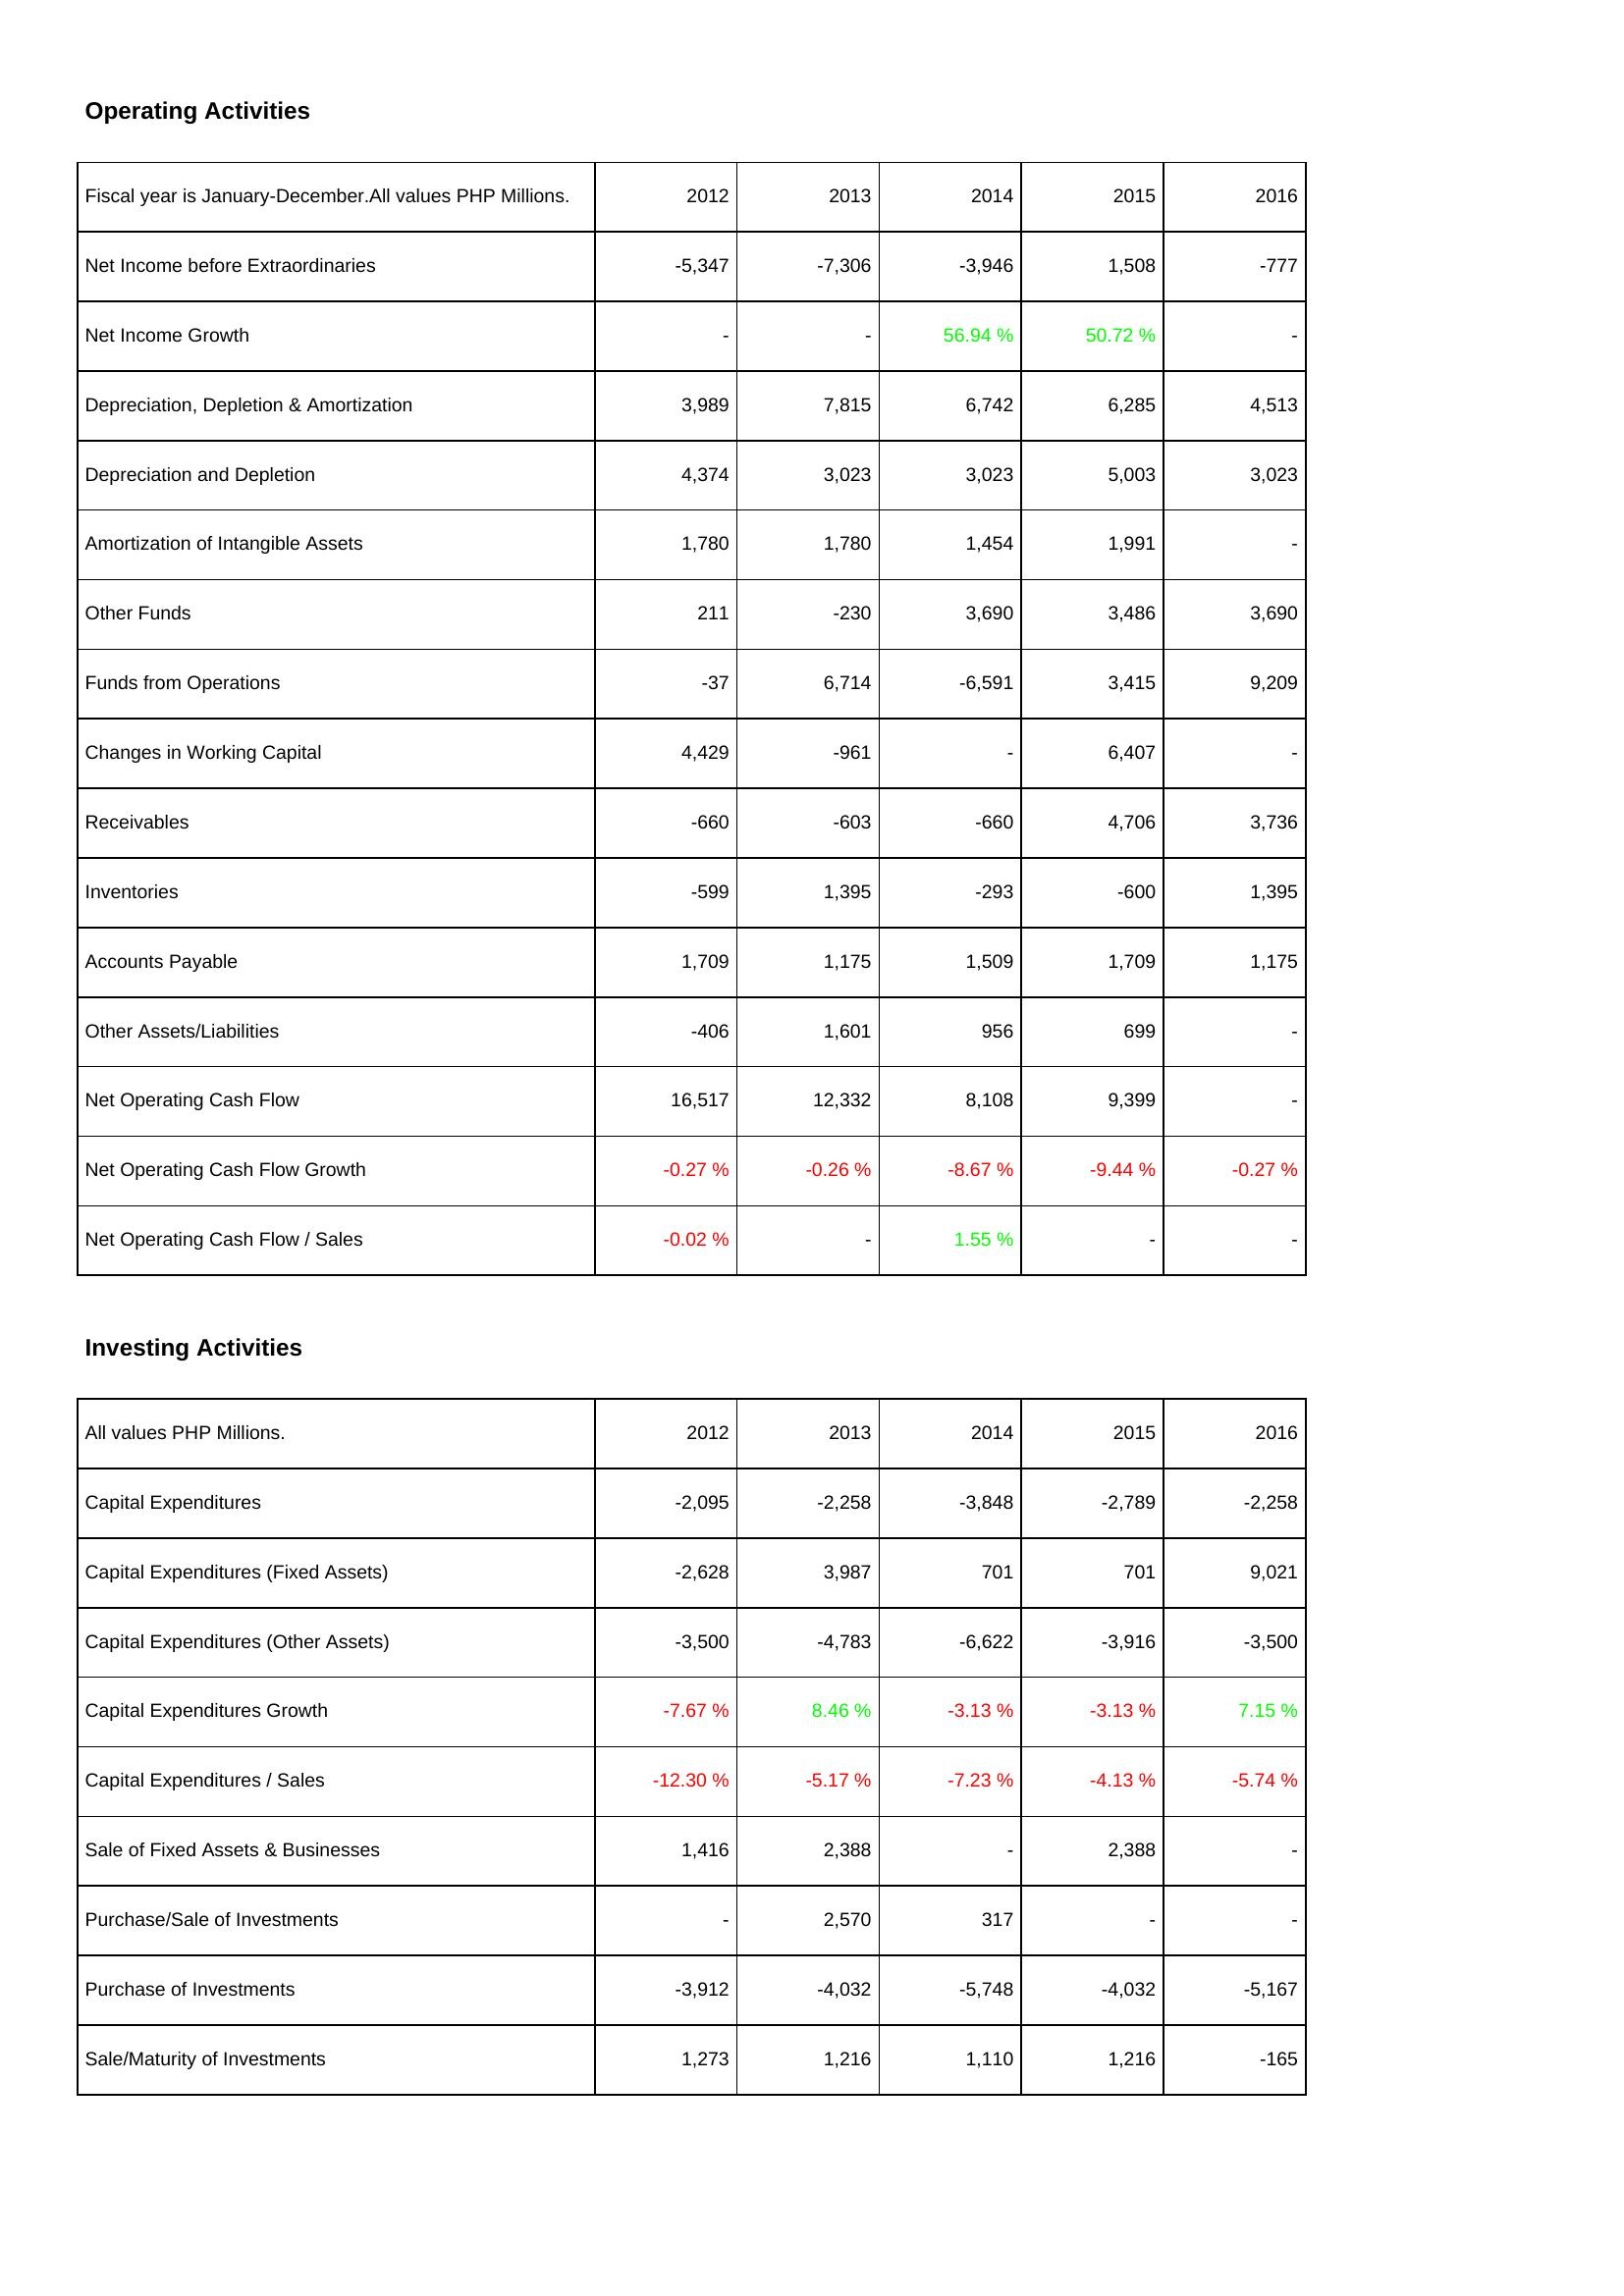
2012: Operating Activities: Net Income before Extraordinaries: -5,347
Net Income Growth: -
Depreciation, Depletion & Amortization: 3,989
Depreciation and Depletion: 4,374
Amortization of Intangible Assets: 1,780
Other Funds: 211
Funds from Operations: -37
Changes in Working Capital: 4,429
Receivables: -660
Inventories: -599
Accounts Payable: 1,709
Other Assets/Liabilities: -406
Net Operating Cash Flow: 16,517
Net Operating Cash Flow Growth: -0.27 %
Net Operating Cash Flow / Sales: -0.02 %
Investing Activities: Capital Expenditures: -2,095
Capital Expenditures (Fixed Assets): -2,628
Capital Expenditures (Other Assets): -3,500
Capital Expenditures Growth: -7.67 %
Capital Expenditures / Sales: -12.30 %
Sale of Fixed Assets & Businesses: 1,416
Purchase/Sale of Investments: -
Purchase of Investments: -3,912
Sale/Maturity of Investments: 1,273
2013: Operating Activities: Net Income before Extraordinaries: -7,306
Net Income Growth: -
Depreciation, Depletion & Amortization: 7,815
Depreciation and Depletion: 3,023
Amortization of Intangible Assets: 1,780
Other Funds: -230
Funds from Operations: 6,714
Changes in Working Capital: -961
Receivables: -603
Inventories: 1,395
Accounts Payable: 1,175
Other Assets/Liabilities: 1,601
Net Operating Cash Flow: 12,332
Net Operating Cash Flow Growth: -0.26 %
Net Operating Cash Flow / Sales: -
Investing Activities: Capital Expenditures: -2,258
Capital Expenditures (Fixed Assets): 3,987
Capital Expenditures (Other Assets): -4,783
Capital Expenditures Growth: 8.46 %
Capital Expenditures / Sales: -5.17 %
Sale of Fixed Assets & Businesses: 2,388
Purchase/Sale of Investments: 2,570
Purchase of Investments: -4,032
Sale/Maturity of Investments: 1,216
2014: Operating Activities: Net Income before Extraordinaries: -3,946
Net Income Growth: 56.94 %
Depreciation, Depletion & Amortization: 6,742
Depreciation and Depletion: 3,023
Amortization of Intangible Assets: 1,454
Other Funds: 3,690
Funds from Operations: -6,591
Changes in Working Capital: -
Receivables: -660
Inventories: -293
Accounts Payable: 1,509
Other Assets/Liabilities: 956
Net Operating Cash Flow: 8,108
Net Operating Cash Flow Growth: -8.67 %
Net Operating Cash Flow / Sales: 1.55 %
Investing Activities: Capital Expenditures: -3,848
Capital Expenditures (Fixed Assets): 701
Capital Expenditures (Other Assets): -6,622
Capital Expenditures Growth: -3.13 %
Capital Expenditures / Sales: -7.23 %
Sale of Fixed Assets & Businesses: -
Purchase/Sale of Investments: 317
Purchase of Investments: -5,748
Sale/Maturity of Investments: 1,110
2015: Operating Activities: Net Income before Extraordinaries: 1,508
Net Income Growth: 50.72 %
Depreciation, Depletion & Amortization: 6,285
Depreciation and Depletion: 5,003
Amortization of Intangible Assets: 1,991
Other Funds: 3,486
Funds from Operations: 3,415
Changes in Working Capital: 6,407
Receivables: 4,706
Inventories: -600
Accounts Payable: 1,709
Other Assets/Liabilities: 699
Net Operating Cash Flow: 9,399
Net Operating Cash Flow Growth: -9.44 %
Net Operating Cash Flow / Sales: -
Investing Activities: Capital Expenditures: -2,789
Capital Expenditures (Fixed Assets): 701
Capital Expenditures (Other Assets): -3,916
Capital Expenditures Growth: -3.13 %
Capital Expenditures / Sales: -4.13 %
Sale of Fixed Assets & Businesses: 2,388
Purchase/Sale of Investments: -
Purchase of Investments: -4,032
Sale/Maturity of Investments: 1,216
2016: Operating Activities: Net Income before Extraordinaries: -777
Net Income Growth: -
Depreciation, Depletion & Amortization: 4,513
Depreciation and Depletion: 3,023
Amortization of Intangible Assets: -
Other Funds: 3,690
Funds from Operations: 9,209
Changes in Working Capital: -
Receivables: 3,736
Inventories: 1,395
Accounts Payable: 1,175
Other Assets/Liabilities: -
Net Operating Cash Flow: -
Net Operating Cash Flow Growth: -0.27 %
Net Operating Cash Flow / Sales: -
Investing Activities: Capital Expenditures: -2,258
Capital Expenditures (Fixed Assets): 9,021
Capital Expenditures (Other Assets): -3,500
Capital Expenditures Growth: 7.15 %
Capital Expenditures / Sales: -5.74 %
Sale of Fixed Assets & Businesses: -
Purchase/Sale of Investments: -
Purchase of Investments: -5,167
Sale/Maturity of Investments: -165